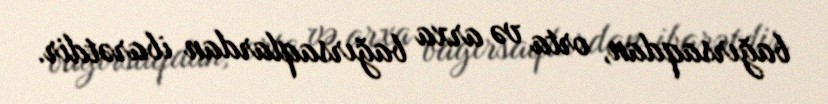
bağırsaqdan, orta və arxa bağırsaqlardan ibarətdir.